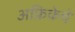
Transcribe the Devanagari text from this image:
अफ्रिकेचे